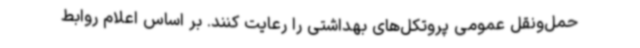
حمل‌ونقل عمومی پروتکل‌های بهداشتی را رعایت کنند. بر اساس اعلام روابط